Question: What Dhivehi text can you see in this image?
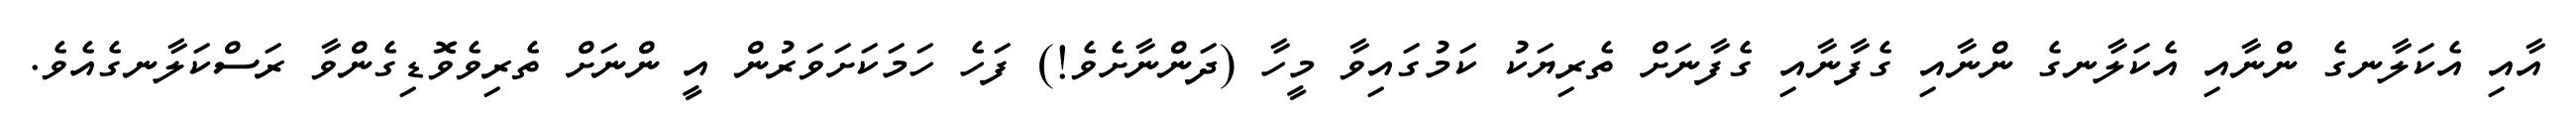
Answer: އާއި އެކަލާނގެ ންނާއި އެކަލާނގެ ންނާއި ގެފާނާއި ގެފާނަށް ތެރިޔަކު ކަމުގައިވާ މީހާ (ދަންނާށެވެ!) ފަހެ ހަމަކަށަވަރުން އީ ންނަށް ތެރިވެވޮޑިގެންވާ ރަސްކަލާނގެއެވެ.